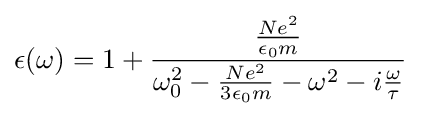
\epsilon (\omega )=1+{\frac {\frac {Ne^{2}}{\epsilon _{0}m}}{\omega _{0}^{2}-{\frac {Ne^{2}}{3\epsilon _{0}m}}-\omega ^{2}-i{\frac {\omega }{\tau }}}}